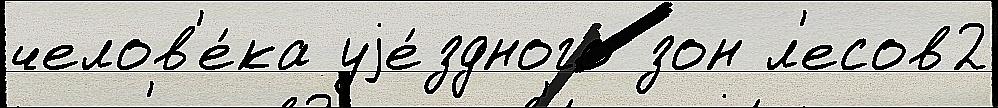
челов'е́ка уjе́здного зон л'есов2